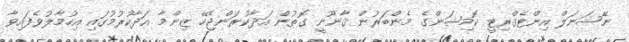
ނޭޝަނަލް އިންޓެގްރިޓީ ކޮމިޝަންގެ މެންބަރުން ޤާނޫނީ ގޮތުން އަދާކުރަންޖެހޭ ޒިންމާ އަދާކުރުމުގައި އިހުމާލުވެފައިވާ